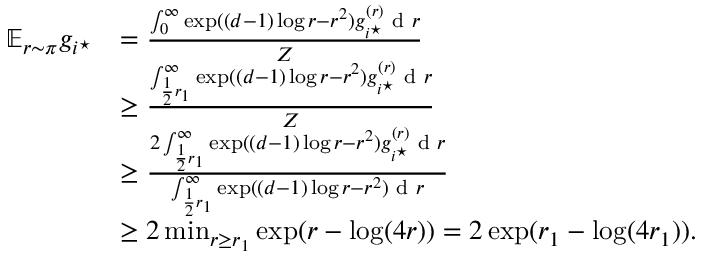
\begin{array} { r l } { \mathbb { E } _ { r \sim \pi } g _ { i ^ { \star } } } & { = \frac { \int _ { 0 } ^ { \infty } { \exp ( ( d - 1 ) \log r - r ^ { 2 } ) g _ { i ^ { \star } } ^ { ( r ) } } \textup { d } r } { Z } } \\ & { \geq \frac { \int _ { \frac 1 2 r _ { 1 } } ^ { \infty } { \exp ( ( d - 1 ) \log r - r ^ { 2 } ) g _ { i ^ { \star } } ^ { ( r ) } } \textup { d } r } { Z } } \\ & { \geq \frac { 2 \int _ { \frac 1 2 r _ { 1 } } ^ { \infty } { \exp ( ( d - 1 ) \log r - r ^ { 2 } ) g _ { i ^ { \star } } ^ { ( r ) } } \textup { d } r } { \int _ { \frac 1 2 r _ { 1 } } ^ { \infty } { \exp ( ( d - 1 ) \log r - r ^ { 2 } ) \textup { d } r } } } \\ & { \geq 2 \operatorname* { m i n } _ { r \geq r _ { 1 } } \exp ( r - \log ( 4 r ) ) = 2 \exp ( r _ { 1 } - \log ( 4 r _ { 1 } ) ) . } \end{array}